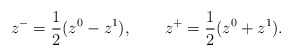
\begin{align*}z^- = \frac{1}{2} (z^0 - z^1), \qquad z^+ = \frac{1}{2} (z^0 + z^1).\end{align*}